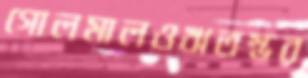
গোলমালওঋতম্ভর